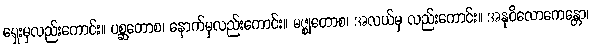
ရှေးမှလည်းကောင်း။ ပစ္ဆတောစ၊ နောက်မှလည်းကောင်း။ မဇ္ဈတောစ၊ အလယ်မှ လည်းကောင်း။ အနုဝိလောကေန္တော၊